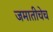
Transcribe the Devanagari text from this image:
जमातीचेच